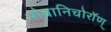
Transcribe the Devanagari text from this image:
भोबानिचोरॉण्